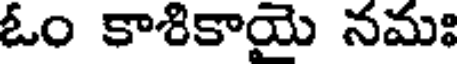
ఓం కాశికాయై నమః